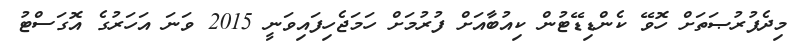
މިދެފުރުޞަތަށް ހޮވޭ ކެންޑިޑޭޓުން ކިއުބާއަށް ފުރުމަށް ހަމަޖެހިފައިވަނީ 2015 ވަނަ އަހަރުގެ އޮގަސްޓު